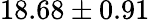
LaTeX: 18.68\pm 0.91